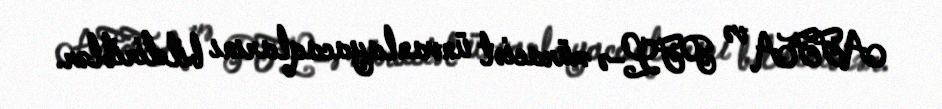
AFFA və PFL-ə müraciət ünvanlayacaqlarını bildiriblər.